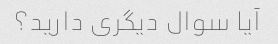
آیا سوال دیگری دارید؟